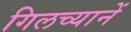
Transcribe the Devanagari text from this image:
गिलच्यानें